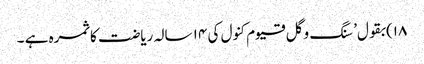
۱۸)بقول’ سنگ و گل قیوم کنول کی ۱۴ سالہ ریاضت کا ثمرہ ہے ۔